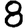
Digit: 8